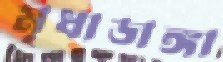
মৃধাডাঙ্গা